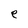
Character: e